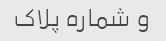
و شماره پلاک